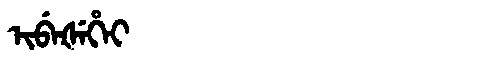
Manchu: ᡳᠪᡝᡧᡝᡥᡝᡳ
Romanization: IBEŠEHEI